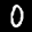
Label: 0